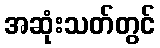
အဆုံးသတ်တွင်